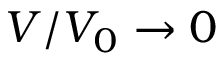
V / V _ { 0 } \rightarrow 0